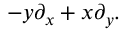
- y \partial _ { x } + x \partial _ { y } .